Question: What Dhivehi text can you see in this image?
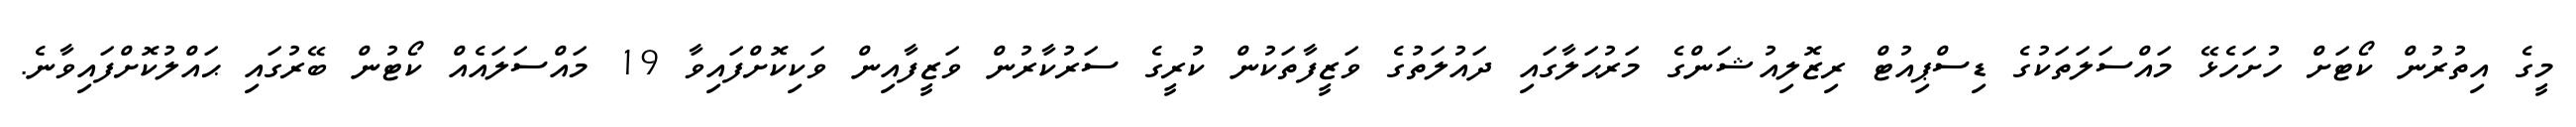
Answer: މީގެ އިތުރުން ކޯޓަށް ހުށަހެޅޭ މައްސަލަތަކުގެ ޑިސްޕިއުޓް ރިޒޮލިއުޝަންގެ މަރުޙަލާގައި ދައުލަތުގެ ވަޒީފާތަކުން ކުރީގެ ސަރުކާރުން ވަޒީފާއިން ވަކިކޮށްފައިވާ 19 މައްސަލައެއް ކޯޓުން ބޭރުގައި ޙައްލުކޮށްފައިވާނެ.